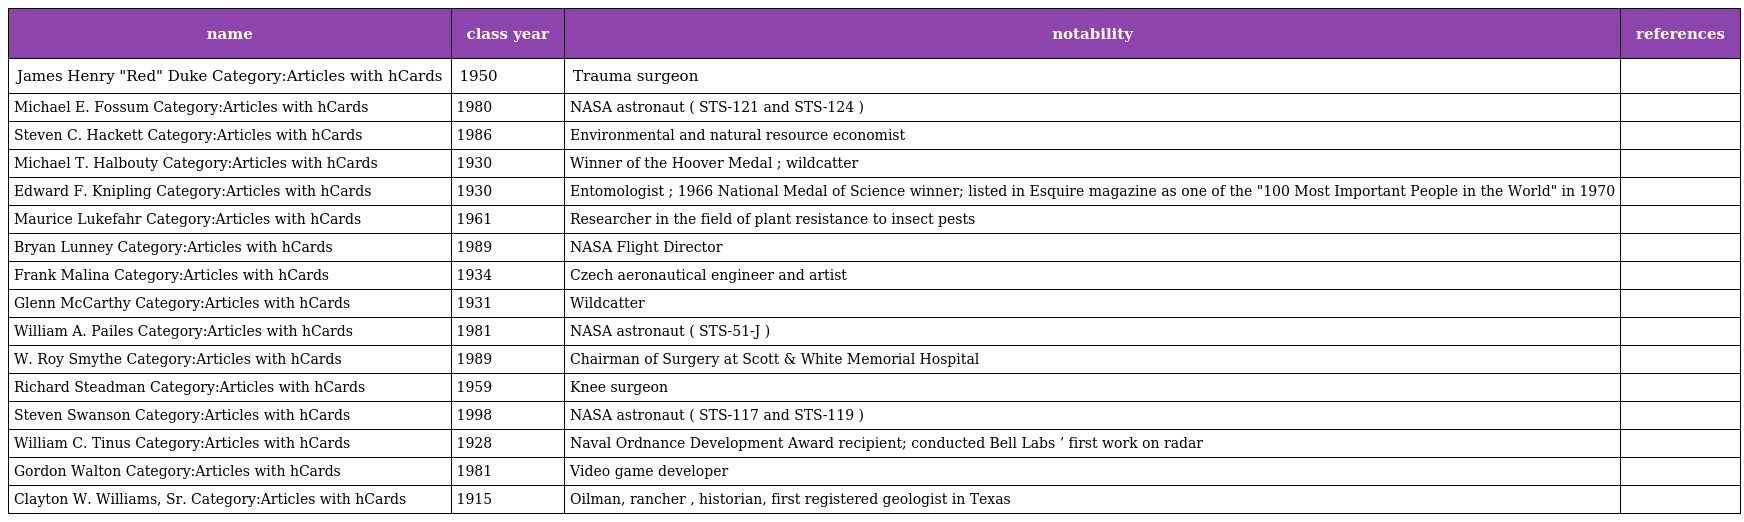
| name | class year | notability | references |
 | --- | --- | --- | --- |
 | James Henry "Red" Duke Category:Articles with hCards | 1950 | Trauma surgeon |  |
 | Michael E. Fossum Category:Articles with hCards | 1980 | NASA astronaut ( STS-121 and STS-124 ) |  |
 | Steven C. Hackett Category:Articles with hCards | 1986 | Environmental and natural resource economist |  |
 | Michael T. Halbouty Category:Articles with hCards | 1930 | Winner of the Hoover Medal ; wildcatter |  |
 | Edward F. Knipling Category:Articles with hCards | 1930 | Entomologist ; 1966 National Medal of Science winner; listed in Esquire magazine as one of the "100 Most Important People in the World" in 1970 |  |
 | Maurice Lukefahr Category:Articles with hCards | 1961 | Researcher in the field of plant resistance to insect pests |  |
 | Bryan Lunney Category:Articles with hCards | 1989 | NASA Flight Director |  |
 | Frank Malina Category:Articles with hCards | 1934 | Czech aeronautical engineer and artist |  |
 | Glenn McCarthy Category:Articles with hCards | 1931 | Wildcatter |  |
 | William A. Pailes Category:Articles with hCards | 1981 | NASA astronaut ( STS-51-J ) |  |
 | W. Roy Smythe Category:Articles with hCards | 1989 | Chairman of Surgery at Scott & White Memorial Hospital |  |
 | Richard Steadman Category:Articles with hCards | 1959 | Knee surgeon |  |
 | Steven Swanson Category:Articles with hCards | 1998 | NASA astronaut ( STS-117 and STS-119 ) |  |
 | William C. Tinus Category:Articles with hCards | 1928 | Naval Ordnance Development Award recipient; conducted Bell Labs ’ first work on radar |  |
 | Gordon Walton Category:Articles with hCards | 1981 | Video game developer |  |
 | Clayton W. Williams, Sr. Category:Articles with hCards | 1915 | Oilman, rancher , historian, first registered geologist in Texas |  |